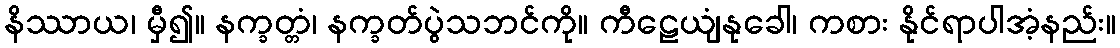
နိဿာယ၊ မှီ၍။ နက္ခတ္တံ၊ နက္ခတ်ပွဲသဘင်ကို။ ကီဠေယျံနုခေါ၊ ကစား နိုင်ရာပါအံ့နည်း။